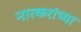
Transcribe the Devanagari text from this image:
नारकरांच्या